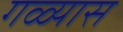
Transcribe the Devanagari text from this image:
गळ्यास